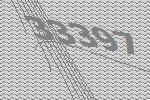
33397